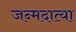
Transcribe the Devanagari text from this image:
जन्मदात्या